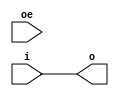
module cycloneiv_io_obuf_1
  (output o, input i, input oe);
   assign o  = i;
   assign oe = oe;
endmodule